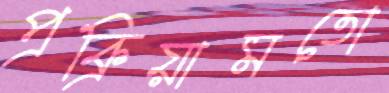
প্রক্রিয়ামতো